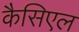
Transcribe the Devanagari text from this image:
कैसिएल